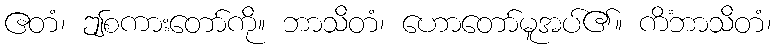
ဧတံ၊ ဤစကားတော်ကို။ ဘာသိတံ၊ ဟောတော်မူအပ်၏။ ကိံဘာသိတံ၊